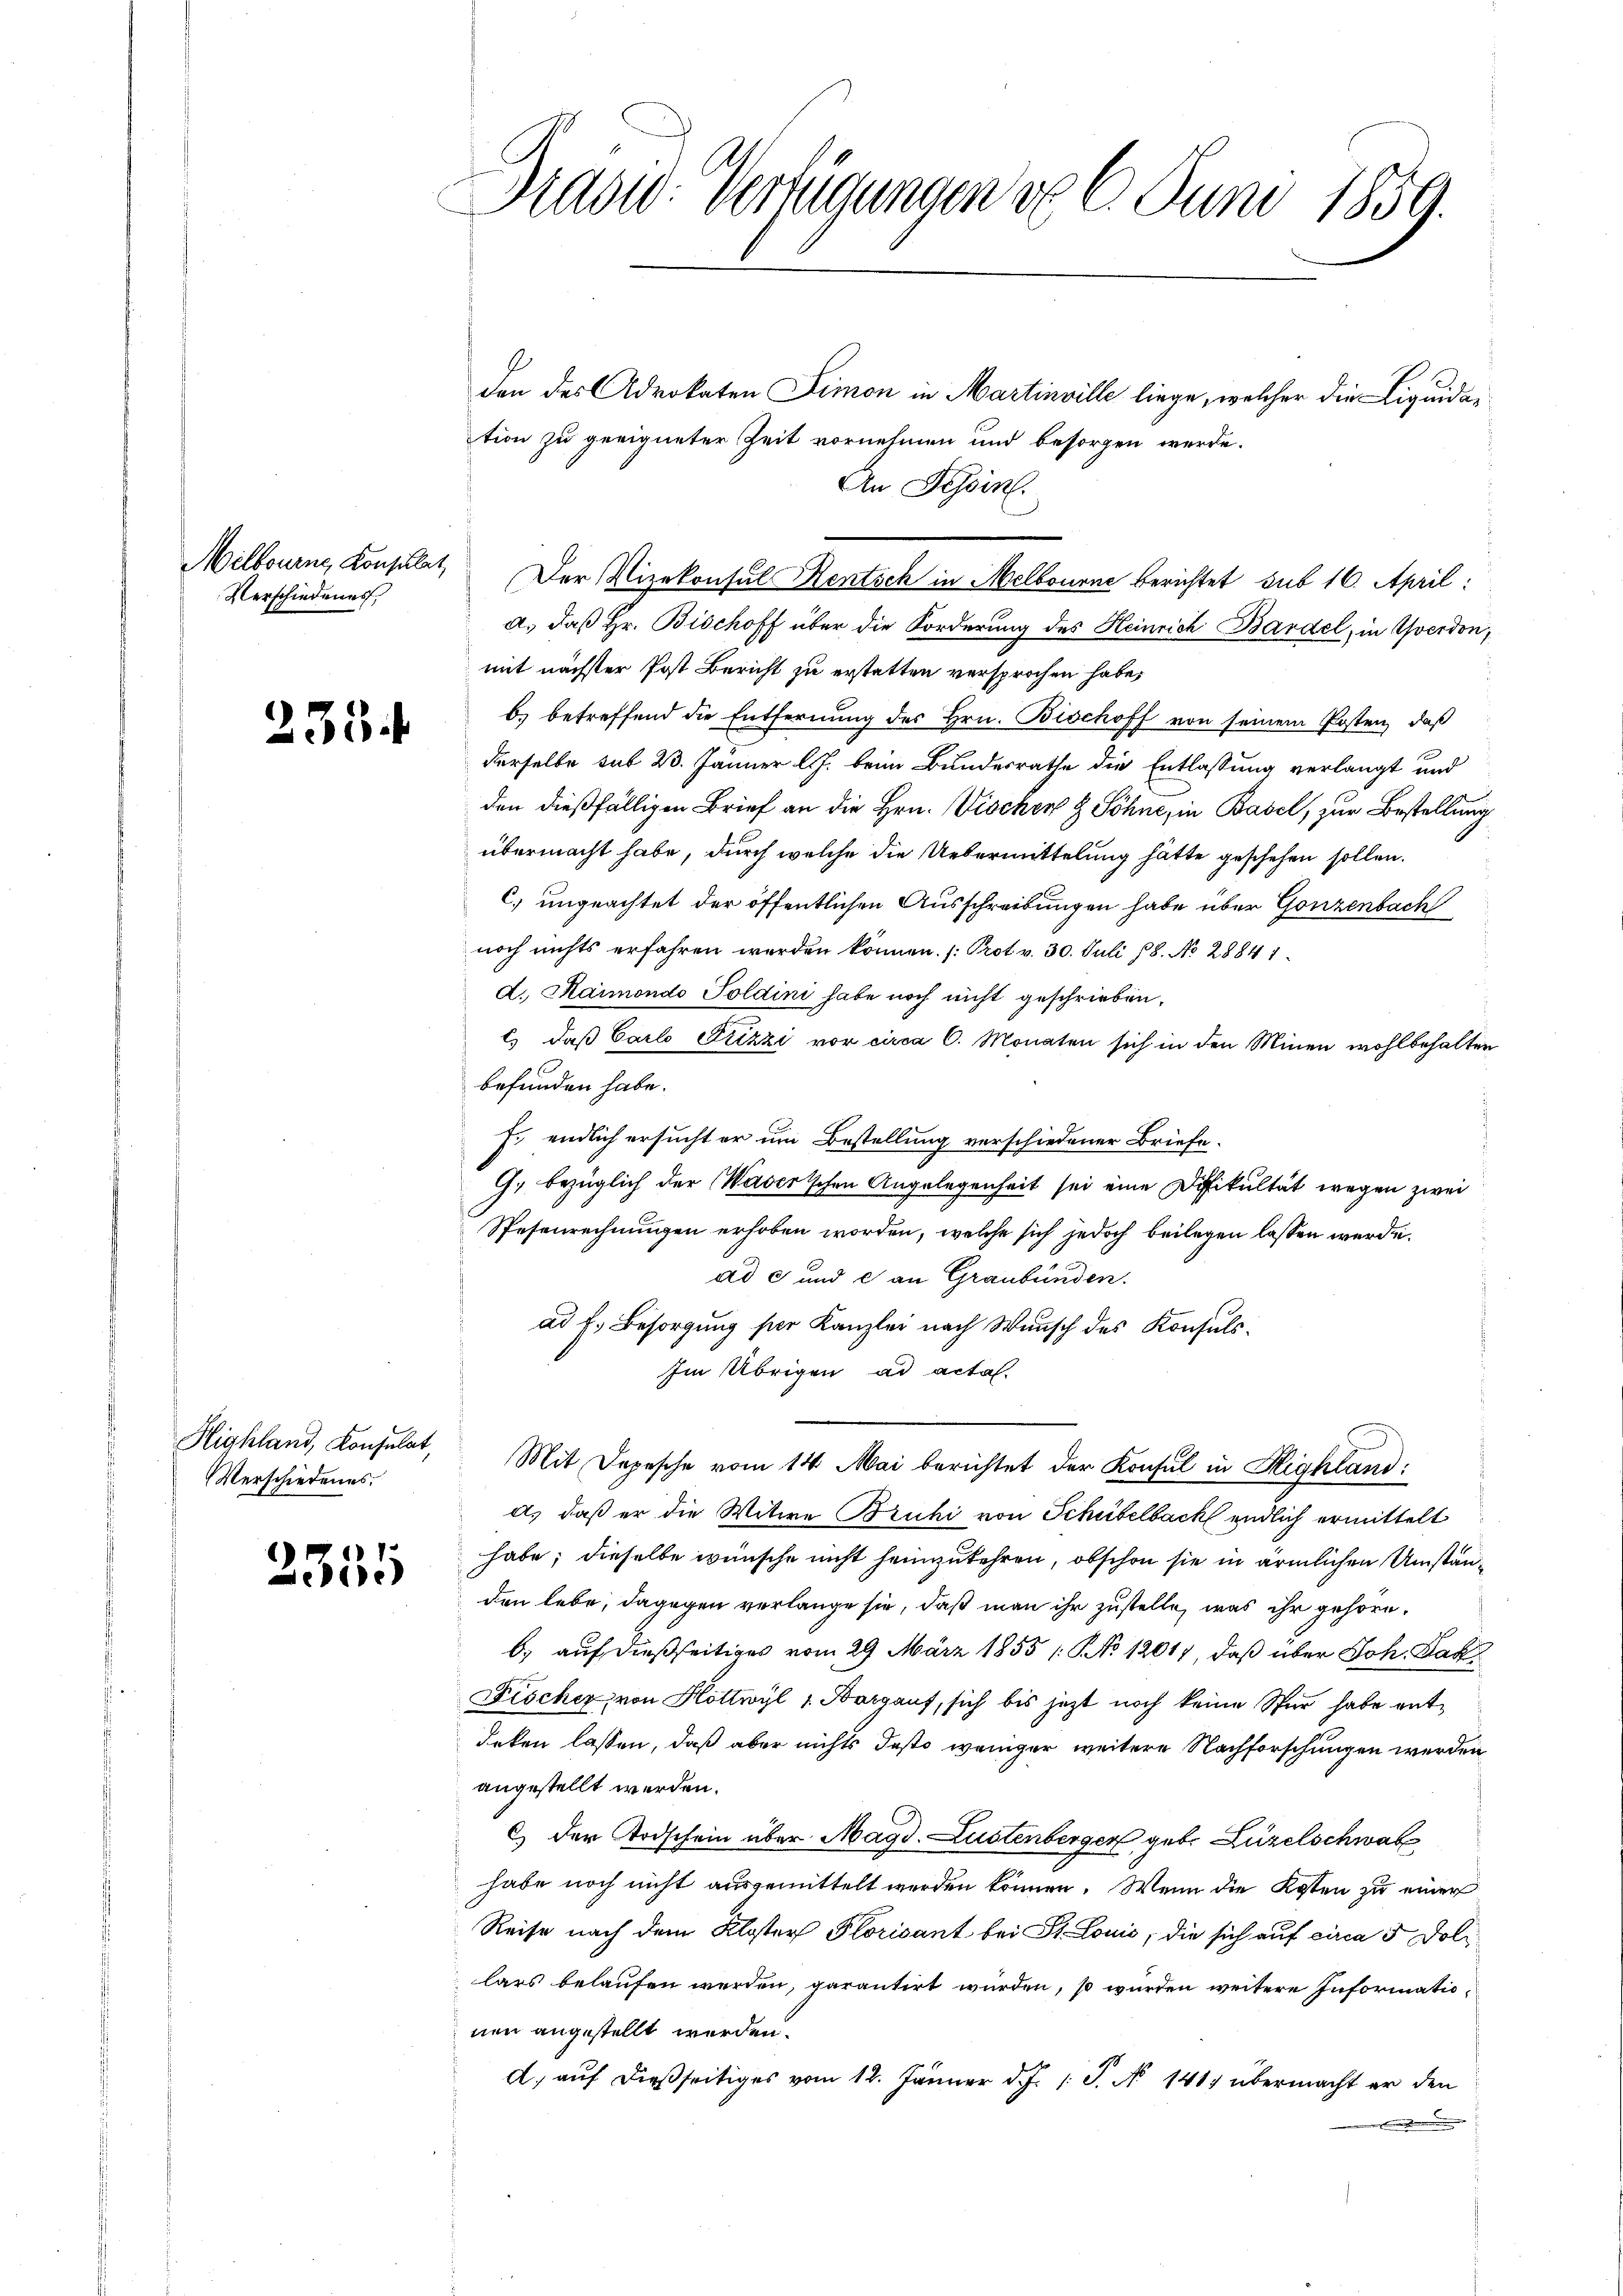
Milbourne Konsulat
Verschiedenes,

2334

Verschiedenes.

2355

Fido-Verfügungen d. 9. Juni 1859.

den des Advokaten Simon in Martinville liege, welcher die Liquidation zu geeigneter Zeit vornehmen und besorgen werde.
An Tessin.
a.) daß Hr. Bischoff über die Forderung des Heinrich Bandel, in Yverdon,
mit nächster Post Bericht zu erstatten versprochen habe,
b) betreffend die Entfernung des Hrn. Bischoff von seinem Posten, daß
derselbe sub 23. Jänner l. J. beim Bundesrathe die Entlassung verlangt und
den dießfälligen Brief an die Hrn. Vischer & Söhne, in Basel, zur Bestellung
übermacht habe, durch welche die Uebermittelung hätte geschehen sollen.
C. ungeachtet der öffentlichen Ausschreibungen habe über Gonzenbach
noch nichts erfahren werden können. (Prot v. 30. Juli 18. No 28841
d. Haimondo Soldini habe noch nicht geschrieben.
c.) daß Carlo Pizzi vor circa 6. Monaten sich in den Minen wohlbehalten
befunden habe.
J. endlich ersucht er um Bestellung verschiedener Briefe¬
G. bezüglich der Waserschen Angelegenheit sei eine Defikultät wegen zwei
Spesenrechnungen erhoben worden, welche sich jedoch beilegen lassen werde.
ad c und c an Graubünden.
ad f. Besorgung für Kanzlei nach Wunsch des Konsuls.
Im Übrigen ad acta
Highland, Konsulat, Mit Depesche vom 14. Mai berichtet der Konsul in Highland:
a) daß er die Witwe Bruhi von Schubelbach endlich ermittelt
habe; dieselbe wünsche nicht heimzukehren, obschon sie in ärmlichen Umständen lebe, dagegen verlange sie, daß man ihr zustelle, was ihr gehöre.
b. auf dießseitiges vom 29. März 1855 (No 1201, daß über Joh. Kak
Fischer, von Hottwyl 1 Bargauf, sich bis jetzt noch keine Spur habe ent¬
Irken lassen, daß aber nichts desto weniger weitere Nachforschungen werden
angestellt werden.
c) der Todschein über Magd. Lustenberger geb. Luzelschwab
habe noch nicht ausgemittelt werden können. Wenn die Kosten zu einer
Reise nach dem Kloster Plorisant bei St. Louis, die sich auf circa 5 Dolilars belaufen werden, garantirt wurden, so wurden weitere Informationen angestellt werden.
d. auf dießseitiges vom 12. Jänner d. J. 1 S. N 141 übermacht er den
.

Der Vizekonsul Rentsch in Melbourne berichtet sub 16. April: